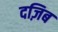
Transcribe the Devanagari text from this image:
दज़िब